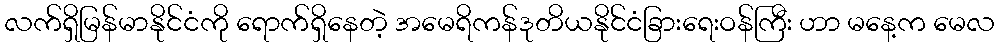
လက်ရှိမြန်မာနိုင်ငံကို ရောက်ရှိနေတဲ့ အမေရိကန်ဒုတိယနိုင်ငံခြားရေးဝန်ကြီး ဟာ မနေ့က မေလ